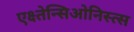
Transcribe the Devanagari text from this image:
एक्ष्तेन्सिओनिस्त्स